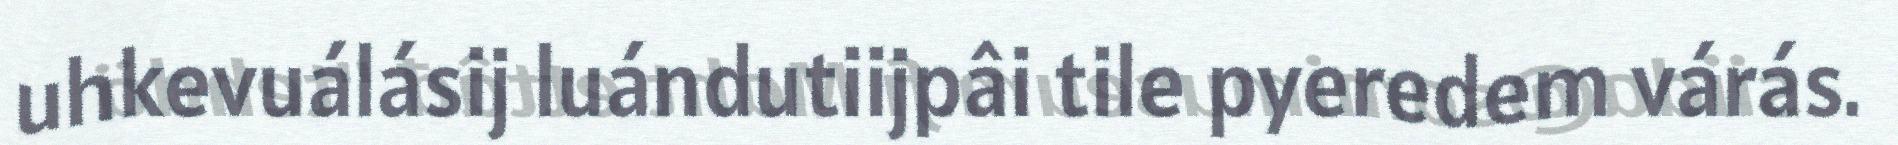
uhkevuálásij luándutiijpâi tile pyeredem várás.